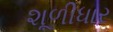
શૂળીધાર